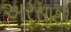
અરસાથી